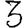
Digit: 3